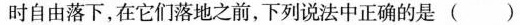
时自由落下，在它们落地之前，下列说法中正确的是()